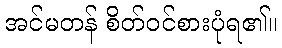
အင်မတန် စိတ်ဝင်စားပုံရ၏။